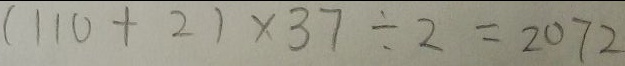
( 1 1 0 + 2 ) \times 3 7 \div 2 = 2 0 7 2